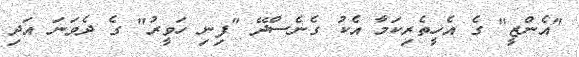
"އެންޒީ" ގެ އެހީތެރިކަމާ އެކު ގެނެސްދޭ "ފިނި ހަވީރު" ގެ ދެވަނަ އަދި